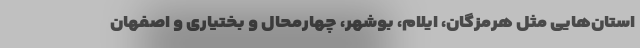
استان‌هایی مثل هرمزگان، ایلام، بوشهر، چهارمحال و بختیاری و اصفهان